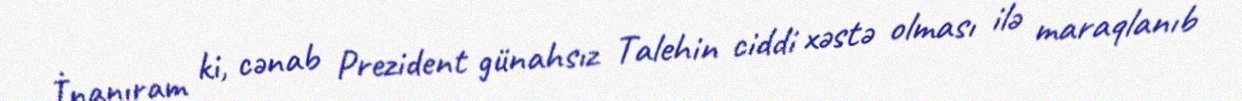
İnanıram ki, cənab Prezident günahsız Talehin ciddi xəstə olması ilə maraqlanıb